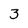
Character: 3